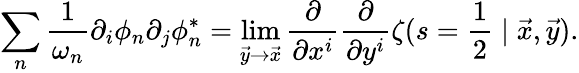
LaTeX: \sum_{n}\frac{1}{\omega_{n}}\partial_{i}\phi_{n}\partial_{j}\phi_{n}^{*}=\operatorname*{lim}_{\vec{y}\rightarrow\vec{x}}\frac{\partial}{\partial x^{i}}\frac{\partial}{\partial y^{i}}\zeta(s=\frac{1}{2}\mid\vec{x},\vec{y}).